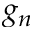
g _ { n }